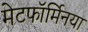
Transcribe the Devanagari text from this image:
मेटफॉर्मिनया